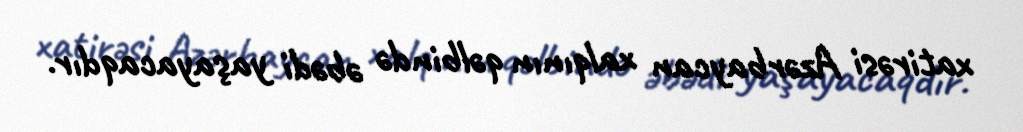
xatirəsi Azərbaycan xalqının qəlbində əbədi yaşayacaqdır.